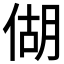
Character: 𪝍